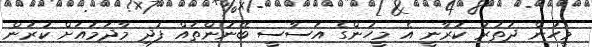
މީހުން ދަތުރު ކުރާނީ އެ މީހުންގެ އަސާސީ ބޭނުންތައް ފުދި މާދަމައަށް ކުރަން